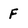
Character: F